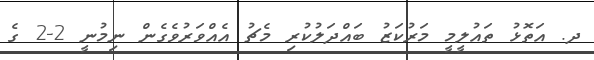
ދ. އަތޮޅު ތައުލީމީ މަރުކަޒު ބައްދަލުކުރި މެޗު އެއްވަރުވެގެން ނިމުނީ 2-2 ގެ